Scottish Certificate of Education, 1963
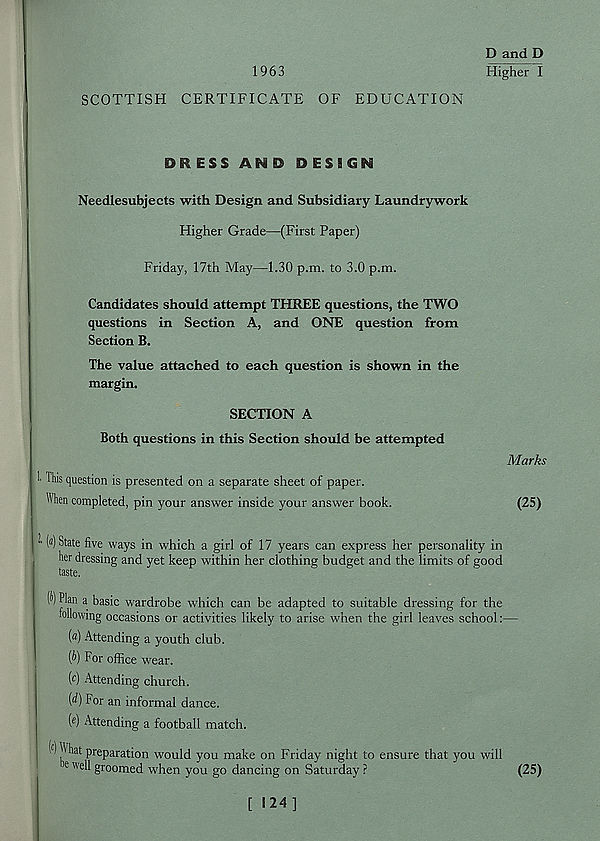
1963
D and D
Higher I
SCOTTISH CERTIFICATE OF EDUCATION
DRESS AN D DESIGN
Needlesubjects with Design and Subsidiary Laundrywork
Higher Grade—(First Paper)
Friday, 17th May—1.30 p.m. to 3.0 p.m.
Candidates should attempt THREE questions, the TWO
questions in Section A, and ONE question from
Section B.
The value attached to each question is shown in the
margin.
SECTION A
Both questions in this Section should be attempted
Marks
1' This question is presented on a separate sheet of paper.
When completed, pin your answer inside your answer book.
(25)
■' W State five ways in which a girl of 17 years can express her personality in
her dressing and yet keep within her clothing budget and the limits of good
taste.
% Plan a basic wardrobe which can be adapted to suitable dressing for the
following occasions or activities likely to arise when the girl leaves school:
(«) Attending a youth club.
(f>) For office wear.
(c) Attending church.
(<f) For an informal dance.
( e ) Attending a football match.
groomed when you go dancing on Saturday ?
(25)
[ i 24 ]